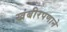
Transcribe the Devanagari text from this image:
खंबीरपणाने